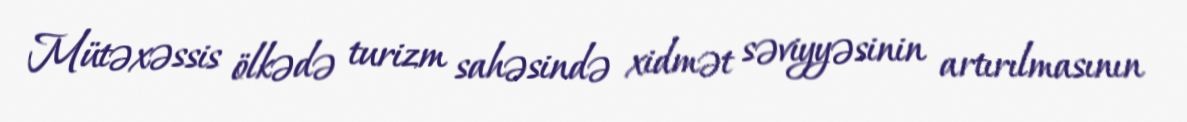
Mütəxəssis ölkədə turizm sahəsində xidmət səviyyəsinin artırılmasının